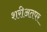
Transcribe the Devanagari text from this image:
शरीअतपर